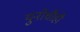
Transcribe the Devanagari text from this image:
युनोचीही